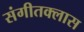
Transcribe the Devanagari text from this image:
संगीतक्लास